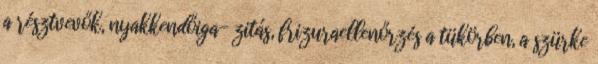
a résztvevők, nyakkendőiga- zitás, frizuraellenőrzés a tükörben, a szürke